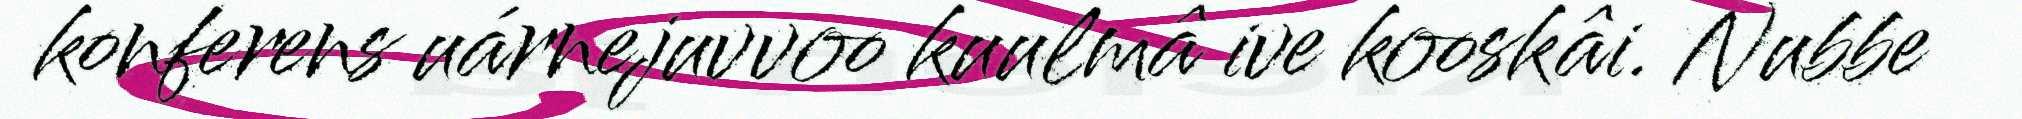
konferens uárnejuvvoo kuulmâ ive kooskâi. Nubbe